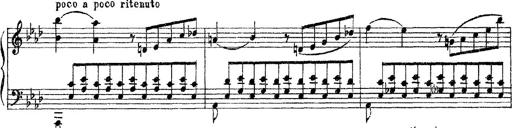
Title: 3 sonetti di Petrarca
Composer: Franz Liszt